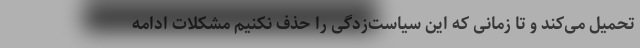
تحمیل می‌کند و تا زمانی که این سیاست‌زدگی را حذف نکنیم مشکلات ادامه